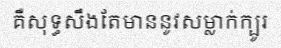
គឺសុទ្ធសឹងតែមាននូវសម្លាក់ក្បូរ